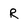
Character: R